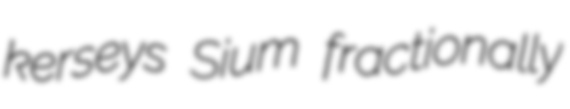
kerseys Sium fractionally